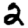
Digit: 2